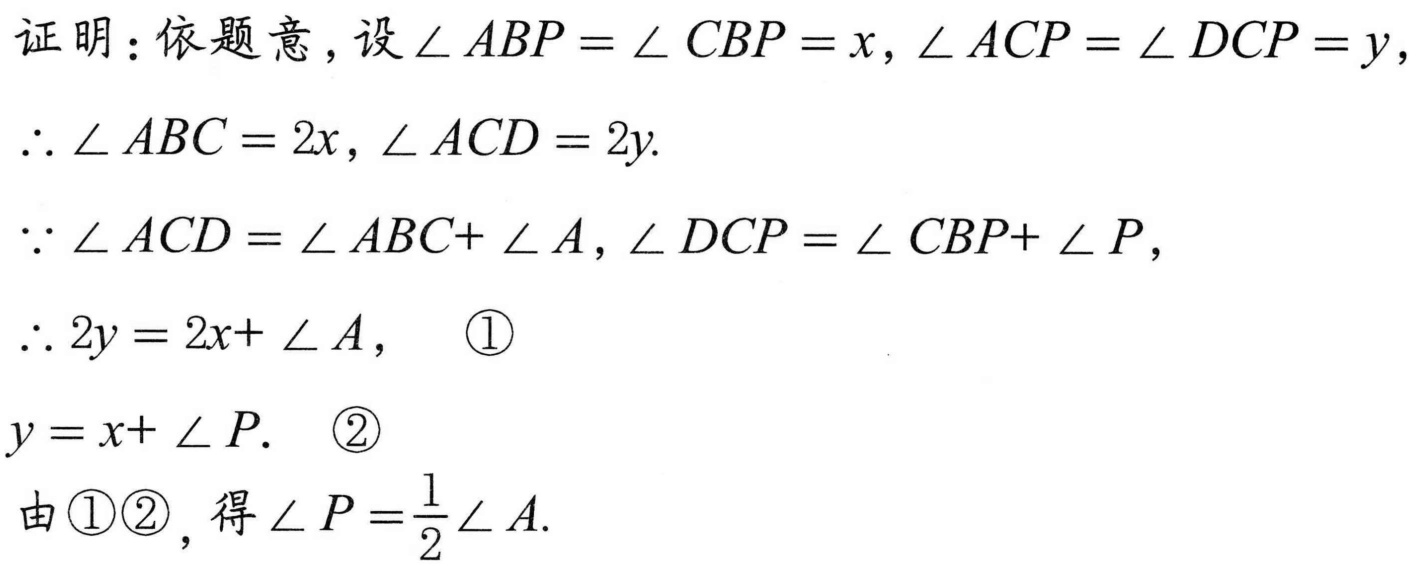
证明：依题意，设\(\angle ABP = \angle CBP = x,\angle ACP = \angle DCP = y\)，
\(\therefore \angle ABC = 2x,\angle ACD = 2y\).
\(\because \angle ACD = \angle ABC+ \angle A,\angle DCP = \angle CBP+ \angle P\)，
\(\therefore 2y = 2x+ \angle A\)，  \textcircled{1}
\(y = x+ \angle P\).  \textcircled{2}
由\textcircled{1}\textcircled{2}，得\(\angle P=\frac{1}{2}\angle A\).